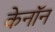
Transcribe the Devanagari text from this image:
केनॉन